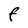
Character: F